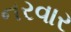
નરવાર